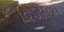
વિઝાસ